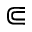
\Subset